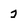
Character: 2